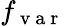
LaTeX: f_{\mathrm{~v~a~r~}}